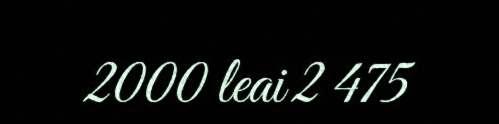
2000 leai 2 475